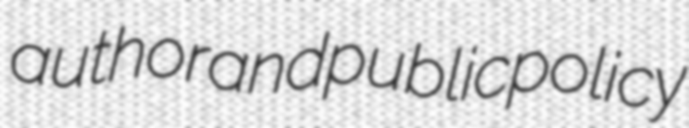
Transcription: author and public policy